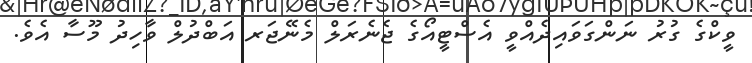
ވީކްގެ ގުރު ނަންގަވައިދެއްވީ އެސްޓީއޯގެ ޖެނެރަލް މެނޭޖަރ އަބްދުލް ވާހިދު މޫސާ އެވެ.